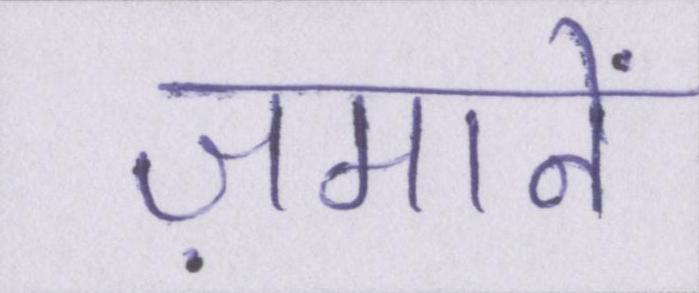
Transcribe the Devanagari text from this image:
ज़मानें